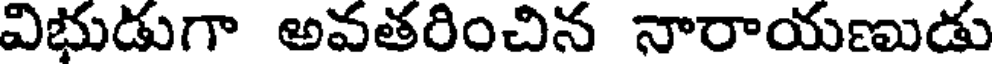
విభుడుగా అవతరించిన నారాయణుడు